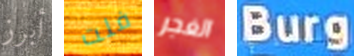
أبرز فلت الغجر Burg